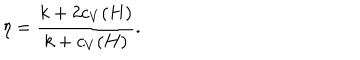
\eta = { \frac { k + 2 c _ { V } ( H ) } { k + c _ { V } ( H ) } } .